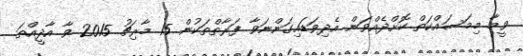
ވީމާ މިމަސައްކަތް ކޮށްދެއްވަން އެދިވަޑައިގަންނަވާ ފަރާތްތަކުން 15 މާރިޗު 2015 ވާ އާދީއްތަ